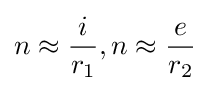
n\approx {\frac {i}{r_{1}}},n\approx {\frac {e}{r_{2}}}